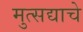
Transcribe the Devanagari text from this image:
मुत्सद्याचे